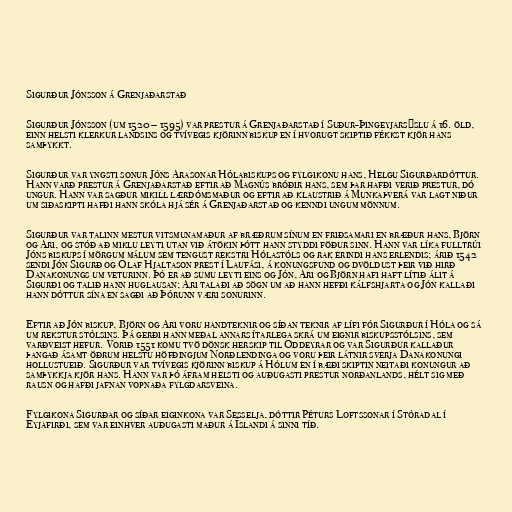
Sigurður Jónsson á Grenjaðarstað

Sigurður Jónsson (um 1520 – 1595) var prestur á Grenjaðarstað í Suður-Þingeyjarsýslu á 16. öld,
einn helsti klerkur landsins og tvívegis kjörinn biskup en í hvorugt skiptið fékkst kjör hans
samþykkt.

Sigurður var yngsti sonur Jóns Arasonar Hólabiskups og fylgikonu hans, Helgu Sigurðardóttur.
Hann varð prestur á Grenjaðarstað eftir að Magnús bróðir hans, sem þar hafði verið prestur, dó
ungur. Hann var sagður mikill lærdómsmaður og eftir að klaustrið á Munkaþverá var lagt niður
um siðaskipti hafði hann skóla hjá sér á Grenjaðarstað og kenndi ungum mönnum.

Sigurður var talinn mestur vitsmunamaður af bræðrum sínum en friðsamari en bræður hans, Björn
og Ari, og stóð að miklu leyti utan við átökin þótt hann styddi föður sinn. Hann var líka fulltrúi
Jóns biskups í mörgum málum sem tengust rekstri Hólastóls og rak erindi hans erlendis; árið 1542
sendi Jón Sigurð og Ólaf Hjaltason prest í Laufási, á konungsfund og dvöldust þeir við hirð
Danakonungs um veturinn. Þó er að sumu leyti eins og Jón, Ari og Björn hafi haft lítið álit á
Sigurði og talið hann huglausan; Ari talaði að sögn um að hann hefði kálfshjarta og Jón kallaði
hann dóttur sína en sagði að Þórunn væri sonurinn.

Eftir að Jón biskup, Björn og Ari voru handteknir og síðan teknir af lífi fór Sigurður í Hóla og sá
um rekstur stólsins. Þá gerði hann meðal annars ítarlega skrá um eignir biskupsstólsins, sem
varðveist hefur. Vorið 1551 komu tvö dönsk herskip til Oddeyrar og var Sigurður kallaður
þangað ásamt öðrum helstu höfðingjum Norðlendinga og voru þeir látnir sverja Danakonungi
hollustueið. Sigurður var tvívegis kjörinn biskup á Hólum en í bæði skiptin neitaði konungur að
samþykkja kjör hans. Hann var þó áfram helsti og auðugasti prestur norðanlands, hélt sig með
rausn og hafði jafnan vopnaða fylgdarsveina.

Fylgikona Sigurðar og síðar eiginkona var Sesselja, dóttir Péturs Loftssonar í Stóradal í
Eyjafirði, sem var einhver auðugasti maður á Íslandi á sinni tíð.